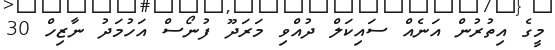
މީގެ އިތުރުން އަނެއް ސައިކަލް ދުއްވި މަރަދޫ ފުނޯސް އަހުމަދު ނާޒިހް 30